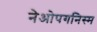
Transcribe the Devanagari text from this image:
नेओपगनिस्म